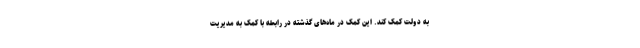
به دولت کمک کند. این کمک در ماه‌های گذشته در رابطه با کمک به مدیریت